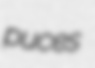
puces